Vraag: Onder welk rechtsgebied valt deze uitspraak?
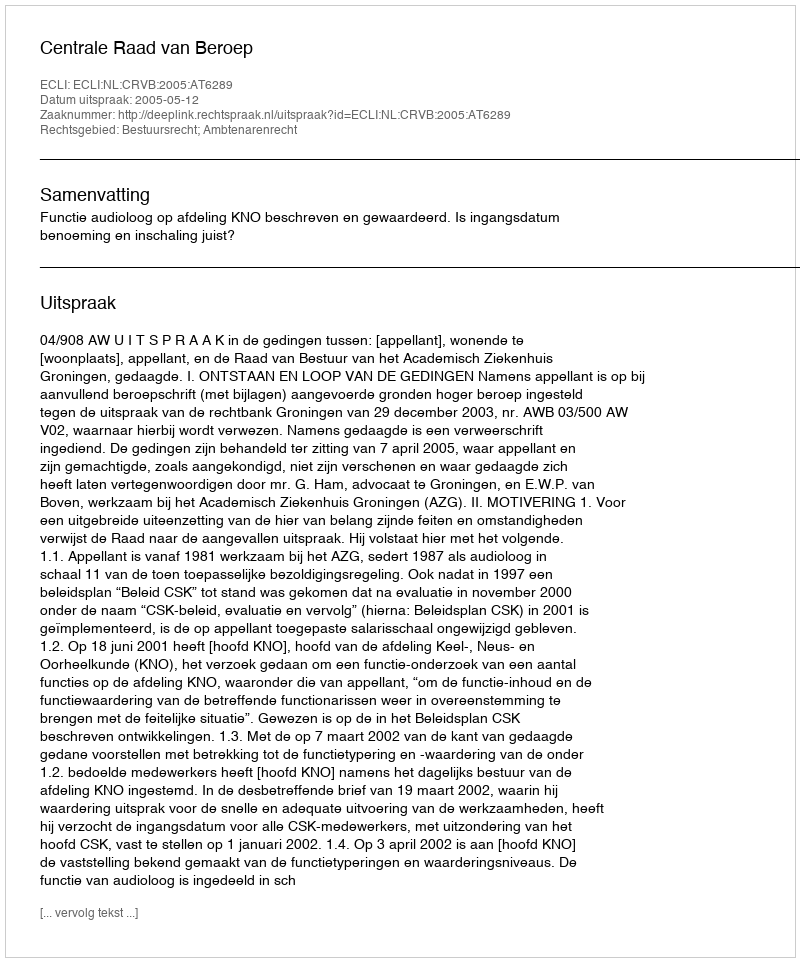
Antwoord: Bestuursrecht; Ambtenarenrecht